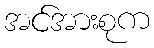
အင်အားစုက